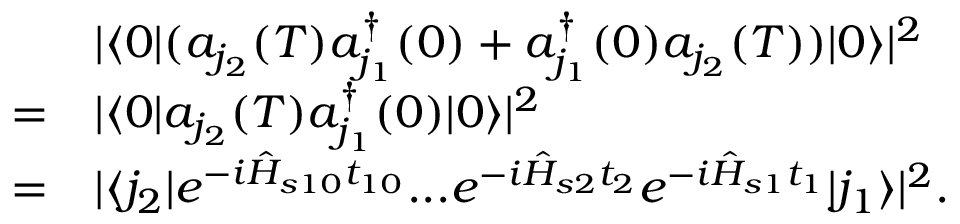
\begin{array} { r l } & { | \langle 0 | ( a _ { j _ { 2 } } ( T ) a _ { j _ { 1 } } ^ { \dagger } ( 0 ) + a _ { j _ { 1 } } ^ { \dagger } ( 0 ) a _ { j _ { 2 } } ( T ) ) | 0 \rangle | ^ { 2 } } \\ { = } & { | \langle 0 | a _ { j _ { 2 } } ( T ) a _ { j _ { 1 } } ^ { \dagger } ( 0 ) | 0 \rangle | ^ { 2 } } \\ { = } & { | \langle j _ { 2 } | e ^ { - i \hat { H } _ { s 1 0 } t _ { 1 0 } } . . . e ^ { - i \hat { H } _ { s 2 } t _ { 2 } } e ^ { - i \hat { H } _ { s 1 } t _ { 1 } } | j _ { 1 } \rangle | ^ { 2 } . } \end{array}